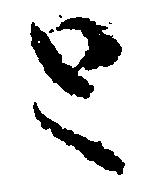
と